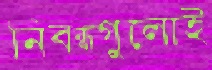
নিবন্ধগুলোই